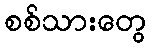
စစ်သားတွေ